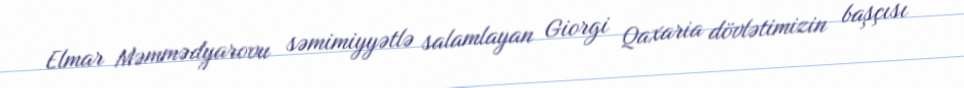
Elmar Məmmədyarovu səmimiyyətlə salamlayan Giorgi Qaxaria dövlətimizin başçısı